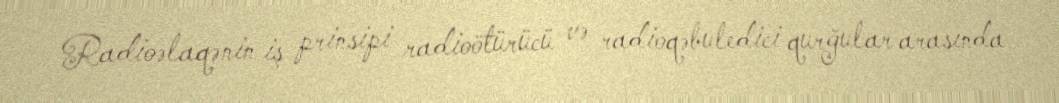
Radioəlaqənin iş prinsipi radioötürücü və radioqəbuledici qurğular arasında